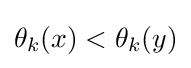
\theta _{k}(x)<\theta _{k}(y)